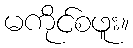
မကိုင်စဖူး။